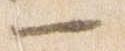
一